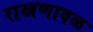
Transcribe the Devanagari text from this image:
राखणावळ